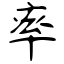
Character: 率